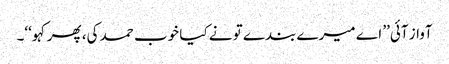
آواز آئی’’ اے میرے بندے تو نے کیا خوب حمد کی، پھر کہو‘‘۔